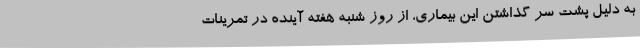
به دلیل پشت سر گذاشتن این بیماری، از روز شنبه هفته آینده در تمرینات